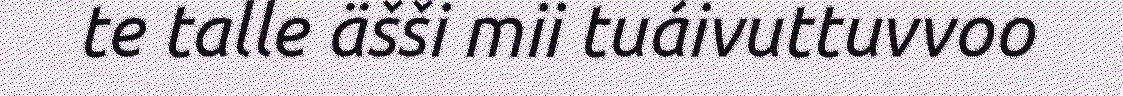
te talle äšši mii tuáivuttuvvoo